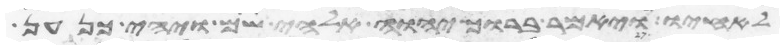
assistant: לאחיו ויאמר ברוך יהוה אלהי שם ויהי כנען